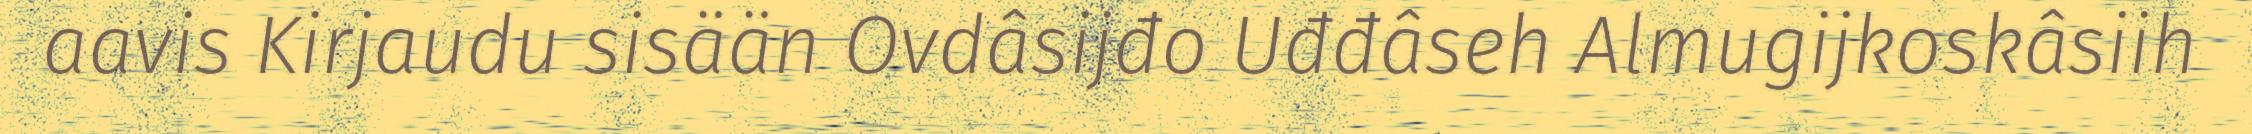
aavis Kirjaudu sisään Ovdâsijđo Uđđâseh Almugijkoskâsiih